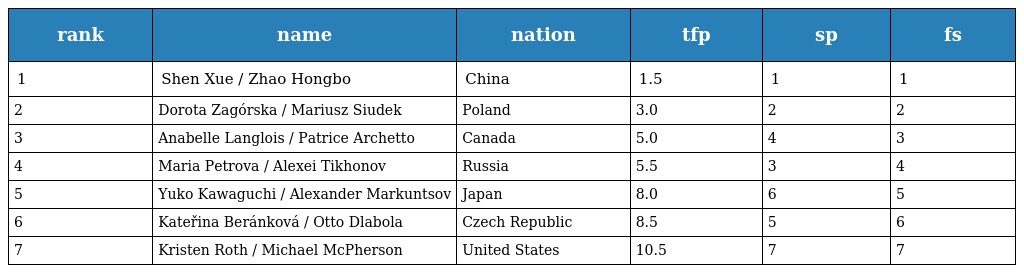
| rank | name | nation | tfp | sp | fs |
 | --- | --- | --- | --- | --- | --- |
 | 1 | Shen Xue / Zhao Hongbo | China | 1.5 | 1 | 1 |
 | 2 | Dorota Zagórska / Mariusz Siudek | Poland | 3.0 | 2 | 2 |
 | 3 | Anabelle Langlois / Patrice Archetto | Canada | 5.0 | 4 | 3 |
 | 4 | Maria Petrova / Alexei Tikhonov | Russia | 5.5 | 3 | 4 |
 | 5 | Yuko Kawaguchi / Alexander Markuntsov | Japan | 8.0 | 6 | 5 |
 | 6 | Kateřina Beránková / Otto Dlabola | Czech Republic | 8.5 | 5 | 6 |
 | 7 | Kristen Roth / Michael McPherson | United States | 10.5 | 7 | 7 |